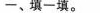
一、填一填。